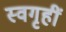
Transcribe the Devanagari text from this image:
स्वगृहीं